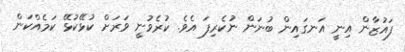
ފައުޒާން އިނީ އަނގައިން ބުނަން ނުކެރިފަ އެވެ. ކުރެވުނީ ވަރަށް ކުޅޭކުޅޭ ކަމެއްކަން